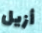
أزيل